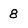
Character: 8